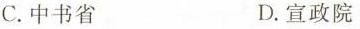
C.中书省 D.宣政院